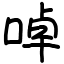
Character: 啅